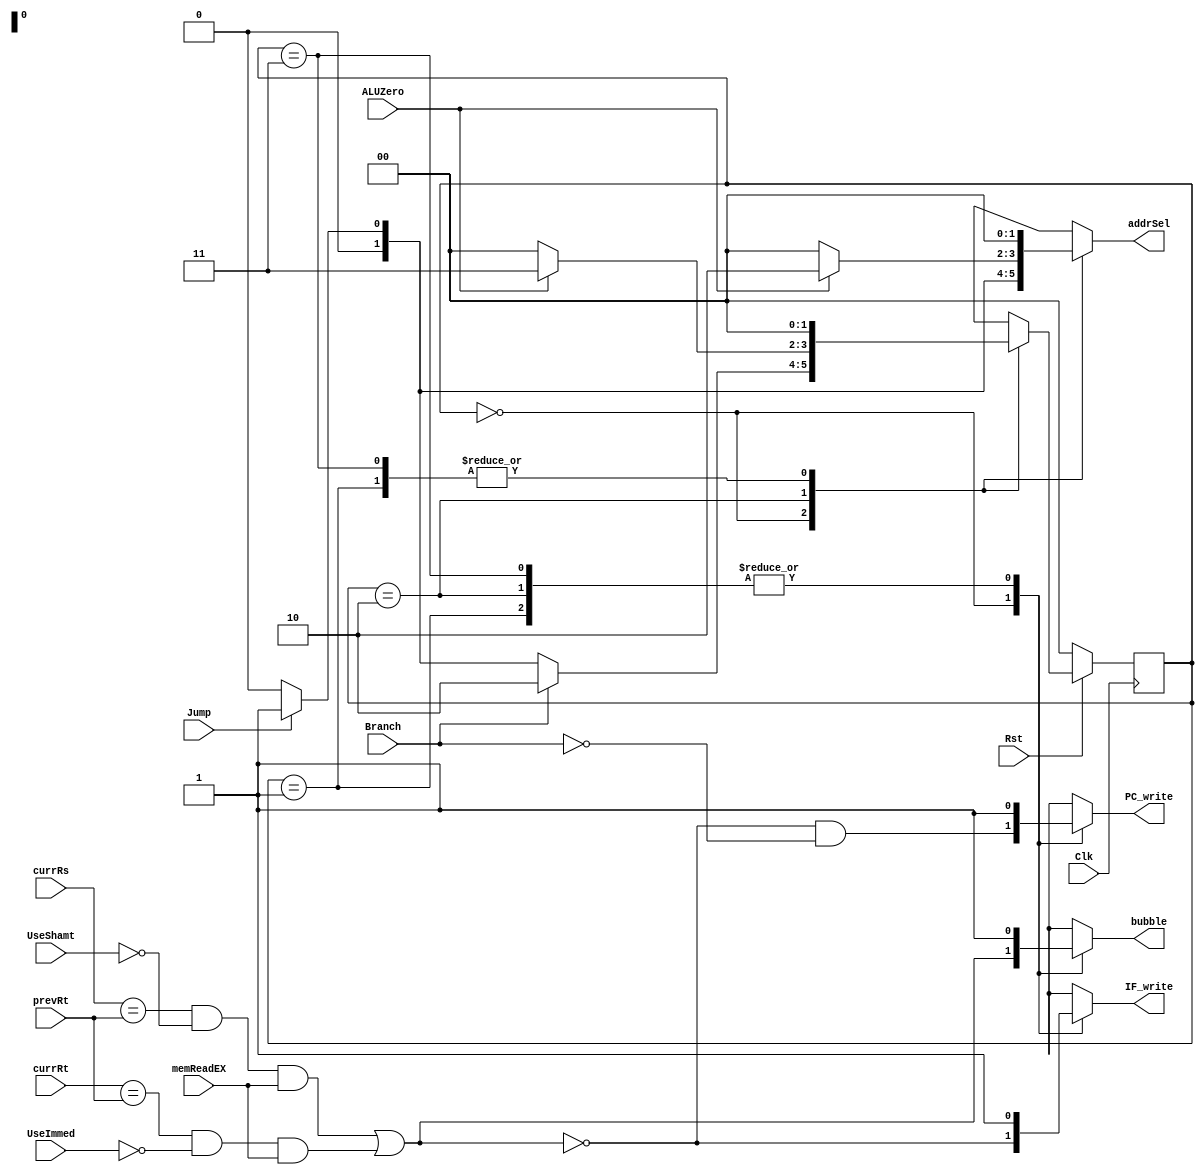
`define _hazardunit_v_

module HazardUnit (IF_write, PC_write, bubble, addrSel, Jump, Branch, ALUZero,
                   memReadEX, currRs, currRt, prevRt, UseShamt, UseImmed, Clk, Rst);
  output reg IF_write, PC_write, bubble;
  output reg [1:0] addrSel;
  input wire Jump, Branch, ALUZero, memReadEX, Clk, Rst;
  input wire UseShamt, UseImmed;
  input wire [4:0] currRs, currRt, prevRt;
  
  // Determine if a load hazard exists
  wire LH_Rs = (currRs == prevRt) & (~UseShamt) & memReadEX;    // memReadEX will be high only for Load instructions
  wire LH_Rt = (currRt == prevRt) & (~UseImmed) & memReadEX;
  wire LdHazard = LH_Rs | LH_Rt; 

  // Finite State Machine
  reg [1:0] state, next_state;
  parameter NoHazard_state=0, Jump_state=1, Branch0_state=2, Branch1_state=3;
  
  // FSM output logic
  always @(*) begin
    case(state)
      NoHazard_state: begin
                        IF_write = ~LdHazard;  // Default values for these signals is 110 and will invert to 001 during a load hazard
                        PC_write = (~LdHazard) & (~Branch);  // This will stall the IF and ID stages for 1 clock, allowing the load to enter MEM stage. The no-op inserted
                        bubble   =  LdHazard;  // into the EX stage will set memReadEX to zero and therefore LdHazard to zero, resulting in a one cycle stall
                        addrSel  = (Jump) ? (2'b01) : (2'b00);  // Mux in jumpTarget if the instruction is decode stage is jmp
                      end
      Jump_state:     begin
                        IF_write = 1'b1;       // 
                        PC_write = 1'b1;       // 
                        bubble   = 1'b1;       // Insert bubble to squash (PC+4) instruction
                        addrSel  = 2'b00;      // 
                      end
      Branch0_state:  begin
                        IF_write = 1'b1;       // 
                        PC_write = 1'b1;       // 
                        bubble   = 1'b1;       // Replace instruction in ID with no-op
                        addrSel  = (ALUZero) ? (2'b10) : (2'b00);     // If branch is taken, fetch from branch target
                      end
      Branch1_state:  begin // This state only occurs if the branch is not taken
                        IF_write = 1'b1;
                        PC_write = 1'b1;
                        bubble   = 1'b1;       // Replace instruction in ID with no-op
                        addrSel  = 2'b00;
                      end
      default:        begin
                        IF_write = 1'b1;
                        PC_write = 1'b1;
                        bubble   = 1'b0;
                        addrSel  = 2'b0;
                      end
    endcase
  
  end
  
  
  // FSM next state logic
  always @(*) begin
    case(state)
      NoHazard_state: begin
                        if (Branch)
                          next_state = Branch0_state;
                        else if (Jump)
                          next_state = Jump_state;
                        else
                          next_state = NoHazard_state;
                      end
      Jump_state:     begin
                        next_state = NoHazard_state;
                      end
      Branch0_state:  begin
                        next_state = (ALUZero) ? (Branch1_state) : (NoHazard_state);
                      end
      Branch1_state:  begin 
                        next_state = NoHazard_state;
                      end
      default:        begin
                        next_state = NoHazard_state;
                      end   
    endcase
  end
  
  
  // FSM state update   
  always @ (negedge Clk) begin
    if (Rst)   // Active Low Reset
      state <= next_state;
    else
      state <= NoHazard_state;      
  end   

endmodule